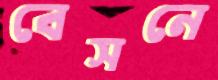
বেসনে